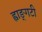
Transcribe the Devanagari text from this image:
ह्वाङ्‌गटी